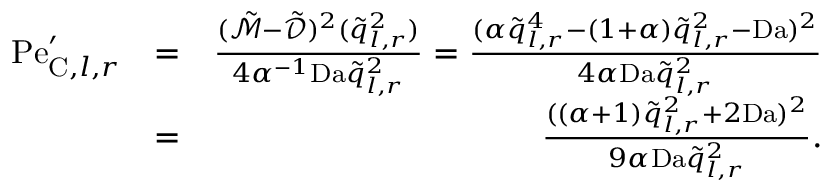
\begin{array} { r l r } { \mathrm { P e } _ { \mathrm { C } , l , r } ^ { \prime } } & { = } & { \frac { ( \tilde { \mathcal { M } } - \tilde { \mathcal { D } } ) ^ { 2 } ( \tilde { q } _ { l , r } ^ { 2 } ) } { 4 \alpha ^ { - 1 } \mathrm { D a } \tilde { q } _ { l , r } ^ { 2 } } = \frac { ( \alpha \tilde { q } _ { l , r } ^ { 4 } - ( 1 + \alpha ) \tilde { q } _ { l , r } ^ { 2 } - \mathrm { D a } ) ^ { 2 } } { 4 \alpha \mathrm { D a } \tilde { q } _ { l , r } ^ { 2 } } } \\ & { = } & { \frac { ( ( \alpha + 1 ) \tilde { q } _ { l , r } ^ { 2 } + 2 \mathrm { D a } ) ^ { 2 } } { 9 \alpha \mathrm { D a } \tilde { q } _ { l , r } ^ { 2 } } . } \end{array}